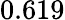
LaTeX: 0.619